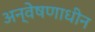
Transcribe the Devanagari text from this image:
अन्वेषणाधीन